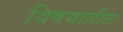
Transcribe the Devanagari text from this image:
विषयातीत